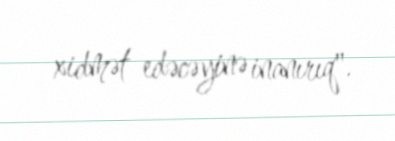
xidmət edəcəyinə inanırıq".